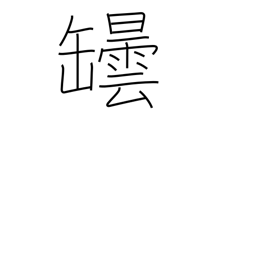
Meaning: bottle